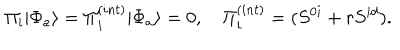
\Pi _ { i } | \Phi _ { a } \rangle = \Pi _ { i } ^ { ( i n t ) } | \Phi _ { a } \rangle = 0 , \quad \Pi _ { i } ^ { ( i n t ) } = ( S ^ { 0 i } + r S ^ { i d } ) .